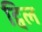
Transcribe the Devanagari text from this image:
ट्विल